Report of the Indian Hemp Drugs Commission, 1894-1895 - Volume IV
Year: 1894
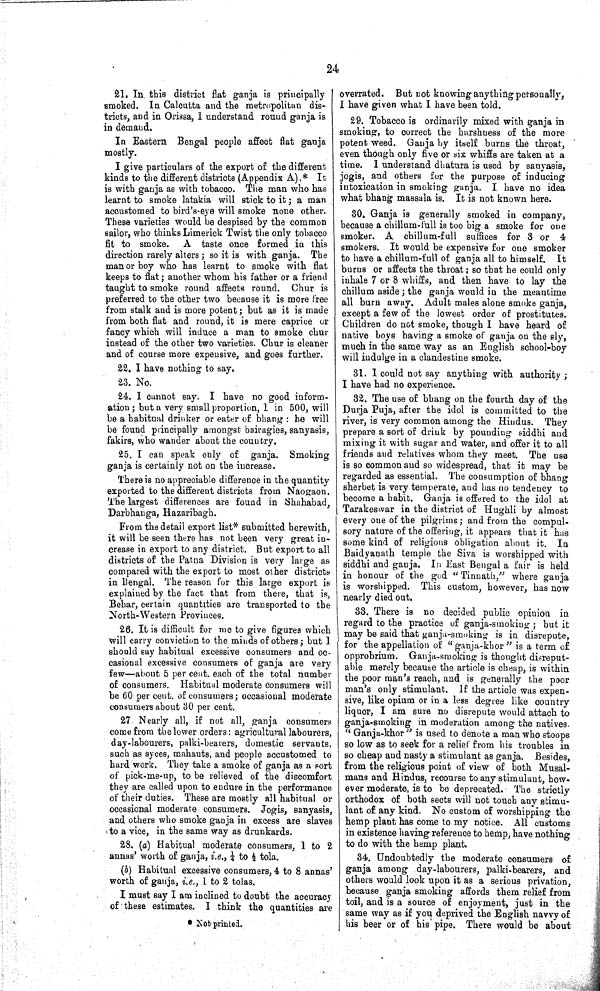
24
21. In this district flat ganja is principally
smoked. In Calcutta and the metropolitan dis-
tricts, and in Orissa, I understand round ganja is
in demand.
In Eastern Bengal people affect flat ganja
mostly.
I give particulars of the export of the different
kinds to the different districts (Appendix A).* It
is with ganja as with tobacco. The man who has
learnt to smoke latakia will stick to it; a man
accustomed to bird's-eye will smoke none other.
These varieties would be despised by the common
sailor, who thinks Limerick Twist the only tobacco
fit to smoke.
A taste once formed in this
direction rarely alters; so it is with ganja. The
man or boy who has learnt to smoke with flat
keeps to flat; another whom his father or a friend
taught to smoke round affects round. Chur is
preferred to the other two because it is more free
from stalk and is more potent; but as it is made
from both flat and round, it is mere caprice or
fancy which will induce a man to smoke chur
instead of the other two varieties. Chur is cleaner
and of course more expensive, and goes further.
22. I have nothing to say.
23. No.
24. I cannot say. I have no good inform-
ation; but a very small proportion, 1 in 500, will
be a habitual drinker or eater of bhang: he will
be found principally amongst bairagies, sanyasis,
fakirs, who wander about the country.
25. I can speak only of
ganja. Smoking
ganja is certainly not on the increase.
There is no appreciable difference in the quantity
exported to the different districts from Naogaon.
The largest differences are found in Shahabad,
Darbhanga, Hazaribagh.
From the detail export list* submitted herewith,
it will be seen there has not been very great in-
crease in export to any district. But export to all
districts of the Patna Division is very large as
compared with the export to most other districts
in Bengal. The reason for this large export is
explained by the fact that from there, that is,
Behar, certain quantities are transported to the
North-Western Provinces.
26. It is difficult for me to give figures which
will carry conviction to the minds of others; but I
should say habitual excessive consumers and oc-
casional excessive consumers of ganja are very
few—about 5 per cent. each of the total number
of consumers. Habitual moderate consumers will
be 60 per cent. of consumers; occasional moderate
consumers about 30 per cent.
27. Nearly all, if not all, ganja consumers
come from the lower orders: agricultural labourers,
day-labourers, palki-bearers, domestic servants,
such as syces, mahauts, and people accustomed to
hard work. They take a smoke of ganja as a sort
of pick-me-up, to be relieved of the discomfort
they are called upon to endure in the performance
of their duties. These are mostly all habitual or
occasional moderate consumers. Jogis, sanyasis,
and others who smoke ganja in excess are slaves
to a vice, in the same way as drunkards.
28. (a) Habitual moderate consumers, 1 to 2
annas' worth of ganja, i.e., 1/4 to 1/2 tola.
(b) Habitual excessive consumers, 4 to 8 annas'
worth of ganja, i.e., 1 to 2 tolas.
I must say I am inclined to doubt the accuracy
of these estimates. I think the quantities are
overrated. But not knowing anything personally,
I have given what I have been told.
29. Tobacco is ordinarily mixed with ganja in
smoking, to correct the harshness of the more
potent weed. Ganja by itself burns the throat,
even though only five or six whiffs are taken at a
time. I understand dhatura is used by sanyasis,
jogis, and others for the purpose of inducing
intoxication in smoking ganja. I have no idea
what bhang massala is. It is not known here.
30. Ganja is generally smoked in company,
because a chillum-full is too big a smoke for one
smoker. A
chillum-full suffices for 3 or 4
smokers. It would be expensive for one smoker
to have a chillum-full of ganja all to himself.
It
burns or affects the throat; so that he could only
inhale 7 or 8 whiffs, and then have to lay the
chillum aside; the ganja would in the meantime
all burn away. Adult males alone smoke ganja,
except a few of the lowest order of prostitutes.
Children do not smoke, though I have heard of
native boys having a smoke of ganja on the sly,
much in the same way as an English school-boy
will indulge in a clandestine smoke.
31. I could not say anything with authority;
I have had no experience.
32. The use of bhang on the fourth day of the
Durja Puja, after the idol is committed to the
river, is very common among the Hindus. They
prepare a sort of drink by pounding siddhi and
mixing it with sugar and water, and offer it to all
friends and relatives whom they meet. The use
is so common and so widespread, that it may be
regarded as essential. The consumption of bhang
sherbet is very temperate, and has no tendency to
become a habit. Ganja is offered to the idol at
Tarakeswar in the district of Hughli by almost
every one of the pilgrims; and from the compul-
sory nature of the offering, it appears that it has
some kind of religious obligation about it. In
Baidyanath temple the Siva is worshipped with
siddhi and ganja. In East Bengal a fair is held
in honour of the god "Tinnath," where ganja
is worshipped. This custom, however, has now
nearly died out.
33. There is no decided public opinion in
regard to the practice of ganja-smoking; but it
may be said that ganja-smoking is in disrepute,
for the appellation of "ganja-khor" is a term of
opprobrium. Ganja-smoking is thought disreput-
able merely because the article is cheap, is within
the poor man's reach, and is generally the poor
man's only stimulant. If the article was expen-
sive, like opium or in a less degree like country
liquor, I am sure no disrepute would attach to
ganja-smoking in moderation among the natives.
"Ganja-khor" is used to denote a man who stoops
so low as to seek for a relief from his troubles in
so cheap and nasty a stimulant as ganja. Besides,
from the religious point of view of both Musal-
mans and Hindus, recourse to any stimulant, how-
ever moderate, is to be deprecated. The strictly
orthodox of both sects will not touch any stimu-
lant of any kind. No custom of worshipping the
hemp plant has come to my notice. All customs
in existence having reference to hemp, have nothing
to do with the hemp plant.
34. Undoubtedly the moderate consumers of
ganja among day-labourers, palki-bearers, and
others would look upon it as a serious privation,
because ganja smoking affords them relief from
toil, and is a source of enjoyment, just in the
same way as if you deprived the English navvy of
his beer or of his pipe. There would be about
*Not printed.